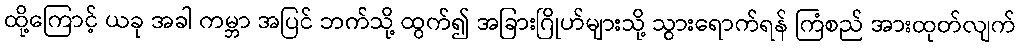
ထို့ကြောင့် ယခု အခါ ကမ္ဘာ အပြင် ဘက်သို့ ထွက်၍ အခြားဂြိုဟ်များသို့ သွားရောက်ရန် ကြံစည် အားထုတ်လျက်